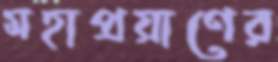
মহাপ্রয়াণের